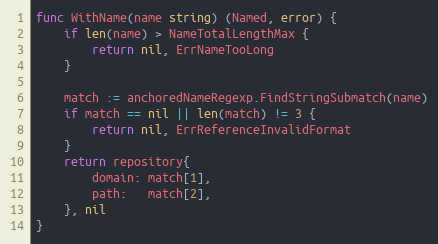
Language: Go
func WithName(name string) (Named, error) {
	if len(name) > NameTotalLengthMax {
		return nil, ErrNameTooLong
	}

	match := anchoredNameRegexp.FindStringSubmatch(name)
	if match == nil || len(match) != 3 {
		return nil, ErrReferenceInvalidFormat
	}
	return repository{
		domain: match[1],
		path:   match[2],
	}, nil
}